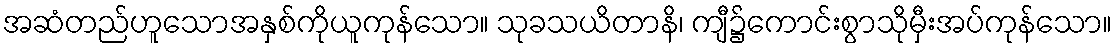
အဆံတည်ဟူသောအနှစ်ကိုယူကုန်သော။ သုခသယိတာနိ၊ ကျီ၌ကောင်းစွာသိုမှီးအပ်ကုန်သော။